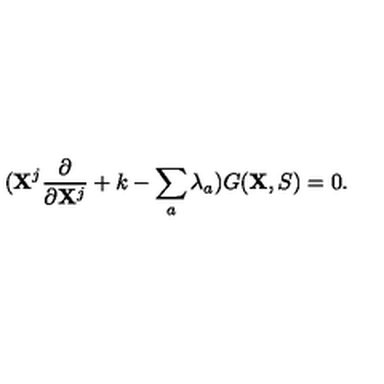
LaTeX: ( { \bf X } ^ { j } \frac { \partial } { \partial { \bf X } ^ { j } } + k - \sum _ { a } \lambda _ { a } ) G ( { \bf X } , S ) = 0 .